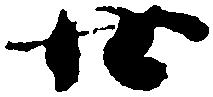
廿